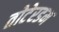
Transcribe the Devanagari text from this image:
तोटेरडम